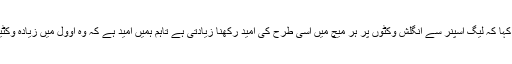
لارڈز ٹیسٹ میچ میں دس وکٹیں لینے والے یاسر شاہ کے حوالے سے کوچ نے کہا کہ لیگ اسپنر سے انگلش وکٹوں پر ہر میچ میں اسی طرح کی امید رکھنا زیادتی ہے تاہم ہمیں امید ہے کہ وہ اوول میں زیادہ وکٹیں لیں گے کیونکہ یہاں کی وکٹ میں ٹرن ہونے کے ساتھ ساتھ باؤنس بھی ہے۔